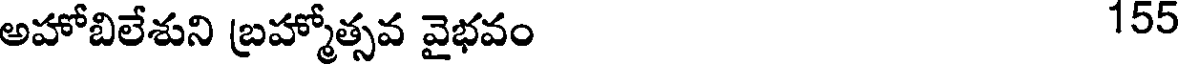
అహోబిలేశుని బ్రహ్మోత్సవ వైభవం 155